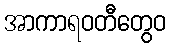
အာကာရဝတီတွေဝ